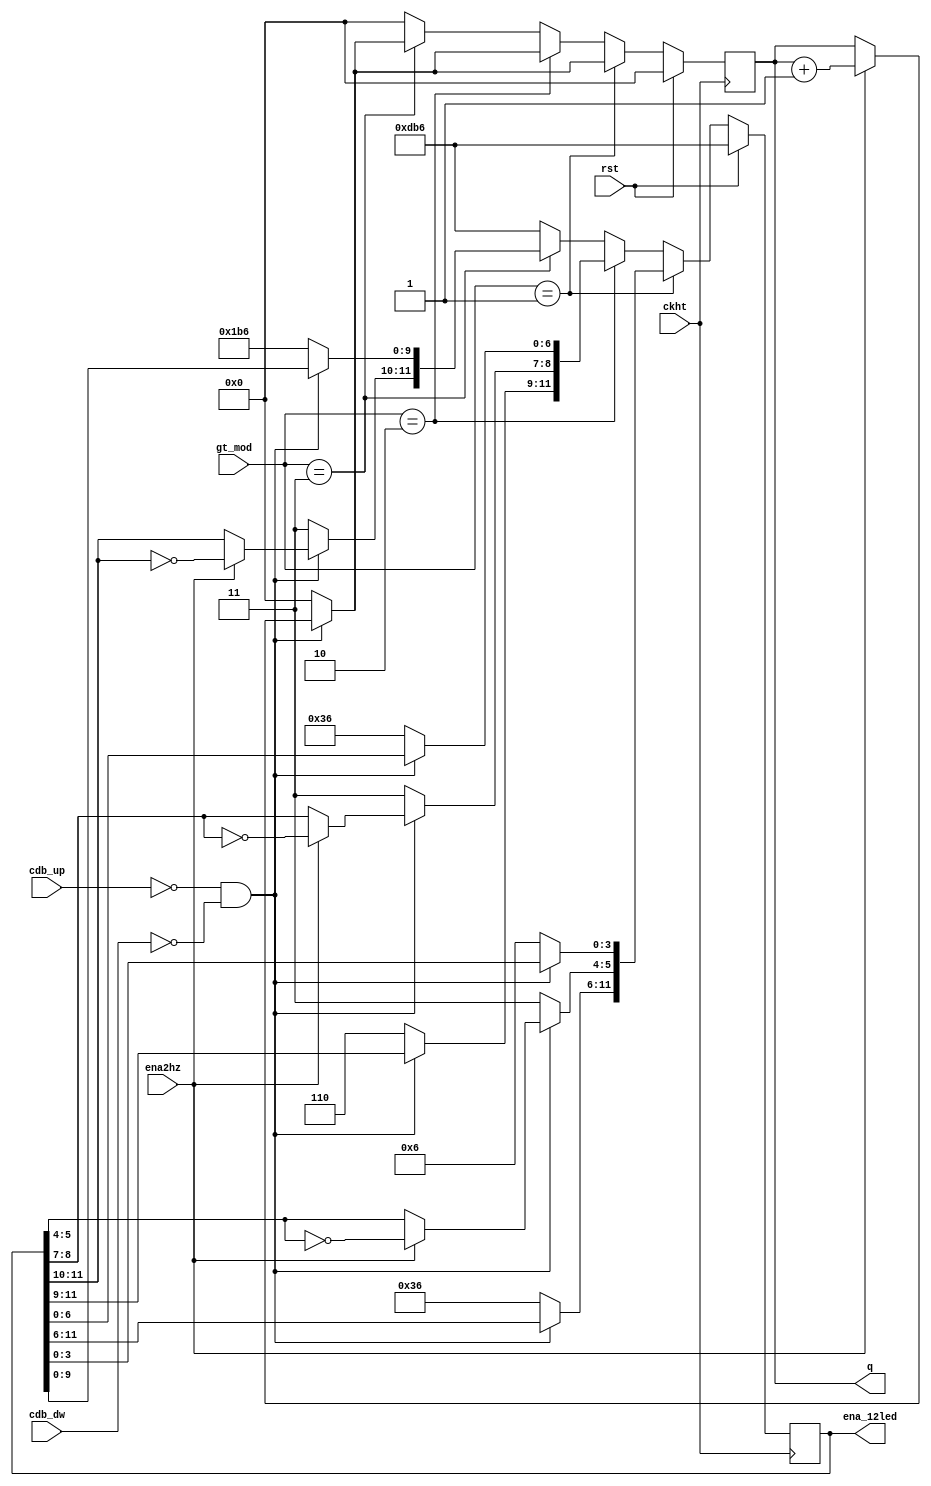
`timescale 1ns / 1ps
//////////////////////////////////////////////////////////////////////////////////
// Company: 
// Engineer: 
// 
// Design Name: 
// Module Name: Dem_mod_20_nn
// Project Name: 
// Target Devices: 
// Tool Versions: 
// Description: 
// 
// Dependencies: 
// 
// Revision:
// Revision 0.01 - File Created
// Additional Comments:
// 
//////////////////////////////////////////////////////////////////////////////////


module Dem_mod_20_nn(
    input   ckht, rst, cdb_up, cdb_dw, ena2hz,
    input   [1:0] gt_mod,
    output  [4:0] q,
    output  [11:0] ena_12led
    );
    
reg [4:0]   q_r, q_n;
reg [11:0]  ena_r, ena_n;

initial ena_r = 12'b111111111111;
    
//state register
 always @(negedge ckht)
    if(rst)
        begin
            q_r = 0;  
            ena_r = 12'b110110110110;
        end
    else
        begin
            q_r = q_n;
            ena_r = ena_n;
        end


//next state logic
always @*
    begin
        ena_n = ena_r;
        q_n = q_r;
        if(gt_mod == 2'b01)
            if((cdb_up == 0)&&(cdb_dw == 0))
                begin
                    if(ena2hz)
                        begin
                            ena_n[5:4] = ~ena_r[5:4];
                            q_n = q_r +1;
                        end
                end
            else
                begin
                    ena_n = 12'b110110110110;
                    q_n = 0;
                end
        else if(gt_mod == 2'b10)
            if((cdb_up == 0)&&(cdb_dw == 0))
                begin
                    if(ena2hz)
                        begin
                            ena_n[8:7] = ~ena_r[8:7];
                            q_n = q_r +1;
                        end
                    end
            else
                begin
                    ena_n = 12'b110110110110;
                    q_n = 0;
                end

        else if(gt_mod == 2'b11)
            if((cdb_up == 0)&&(cdb_dw == 0))
                begin
                    if(ena2hz)
                        begin
                            ena_n[11:10] = ~ena_r[11:10];
                            q_n = q_r +1;
                        end
                    end
            else
                begin
                    ena_n = 12'b110110110110;
                    q_n = 0;
                end
        else
            begin
                q_n = 0;
                ena_n = 12'b110110110110;
            end
       end
//output logic
    assign q = q_r;
    assign ena_12led = ena_r;
                                                  
endmodule